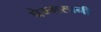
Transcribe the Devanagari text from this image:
पेम्मसानी